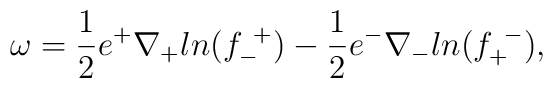
\omega =   {1 \over 2}e^+ \nabla_+ ln(f^{~+}_{-}) -  {1 \over 2} e^- \nabla_- ln(f^{~-}_{+}) ,